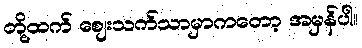
တို့ထက် စျေးသက်သာမှာကတော့ အမှန်ပါ။